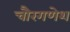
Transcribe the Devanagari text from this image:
चौरगणेश